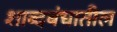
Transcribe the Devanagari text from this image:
शाब्दबंधातील